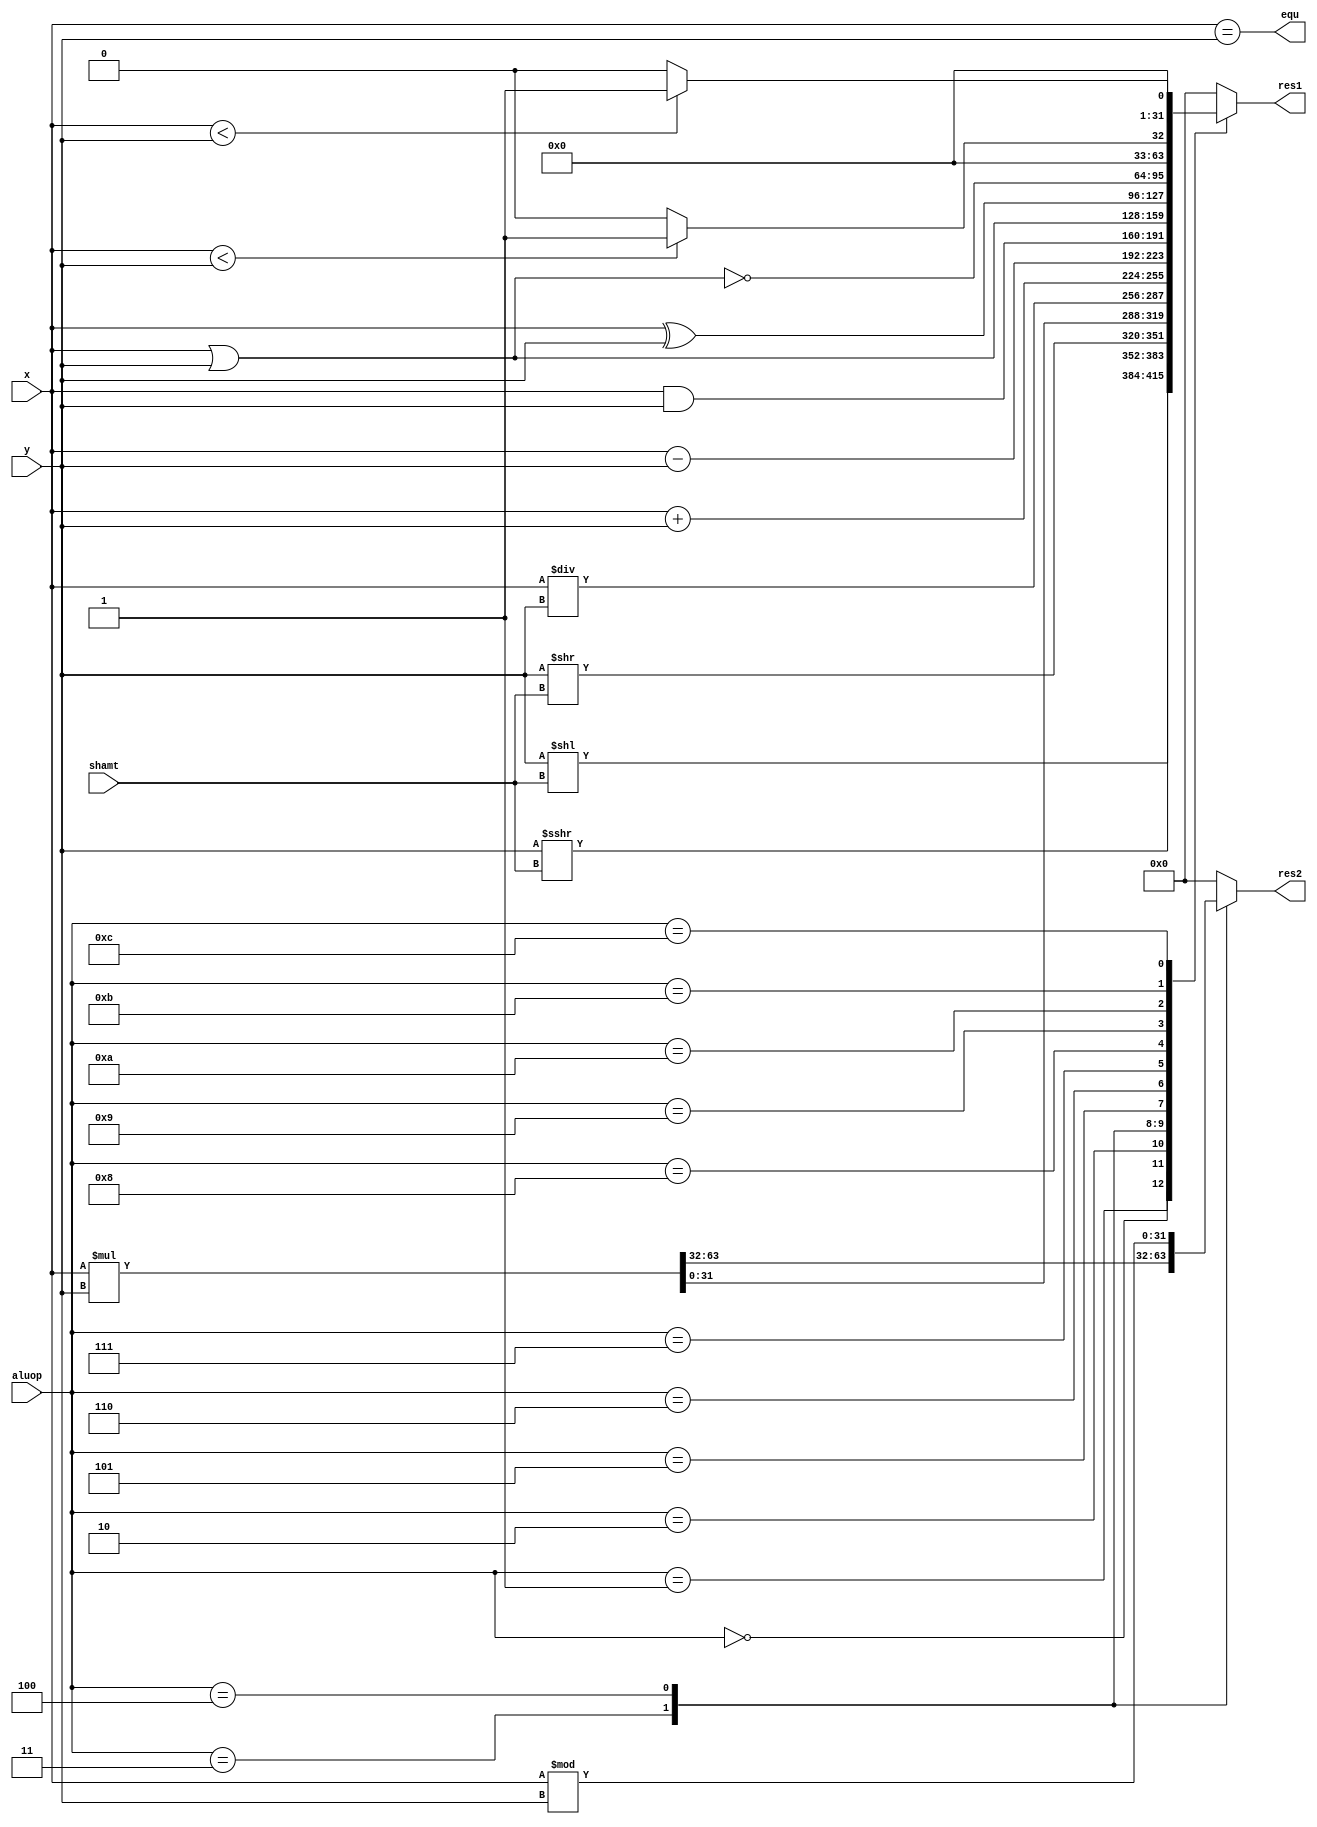
`timescale 1ns / 1ps

module ALU(
	input [31:0] x,
	input [31:0] y,
	input [3:0] aluop,
	input [4:0] shamt,
	output reg [31:0] res1,
	output reg [31:0] res2,
	output reg equ
    );

always @(*)
	begin
	equ = (x == y);
	case(aluop)
	0:
	begin 
		res1 <= y << shamt;
		res2 <= 0;
	end
	1:
	begin 
		res1 <= $signed(y) >>> shamt;//
		res2 <= 0;
	end
	2:
	begin 
		res1 <= y >> shamt;
		res2 <= 0;
	end
	3:
	begin 
		{res2, res1} <= x * y;
	end
	4:
	begin 
		res1 <= x / y;
		res2 <= x % y;
	end
	5:
	begin 
		res1 <= x + y;
		res2 <= 0;
	end
	6:
	begin 
		res1 <= x - y;
		res2 <= 0;
	end
	7:
	begin 
		res1 <= x & y;
		res2 <= 0;
	end
	8:
	begin 
		res1 <= x | y;
		res2 <= 0;
	end
	9:
	begin 
		res1 <= x ^ y;
		res2 <= 0;
	end
	10:
	begin 
		res1 <= ~(x | y);
		res2 <= 0;
	end
	11:
	begin 
		res1 <= ($signed(x) < $signed(y)) ? 1 : 0;
		res2 <= 0;
	end
	12:
	begin 
		res1 <= (x < y) ? 1 : 0;
		res2 <= 0;
	end
	default:
	begin 
		res1 <= 0;
		res2 <= 0;
	end
	endcase // aluop

end

endmodule